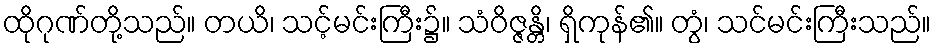
ထိုဂုဏ်တို့သည်။ တယိ၊ သင့်မင်းကြီး၌။ သံဝိဇ္ဇန္တိ၊ ရှိကုန်၏။ တွံ၊ သင်မင်းကြီးသည်။